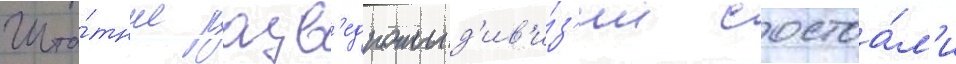
Шта́тные разв'едроты д'ив'и́з'ии состоа́л'и